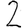
Digit: 2